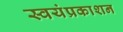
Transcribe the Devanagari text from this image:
स्वयंप्रकाशन